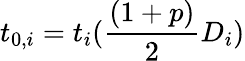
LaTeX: t_{0,i}=t_{i}(\frac{(1+p)}{2}D_{i})